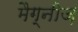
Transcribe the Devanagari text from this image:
मैग्नीज़